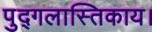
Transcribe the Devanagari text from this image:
पुद्गलास्तिकाय।